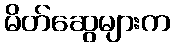
မိတ်ဆွေများက